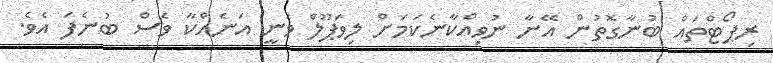
ރިޕޯޓްތައް ބުނާގޮތުން އޭނާ ނުވިއްކާނެކަމަށް ލިވަޕޫލް ވަނީ އަނެއްކާ ވެސް ބުނެފަ އެވެ.